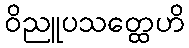
ဝိညူပသတ္ထေဟိ